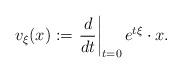
LaTeX: \begin{align*}v_\xi(x) := \left. \frac{d}{dt} \right|_{t=0} e^{t\xi} \cdot x.\end{align*}